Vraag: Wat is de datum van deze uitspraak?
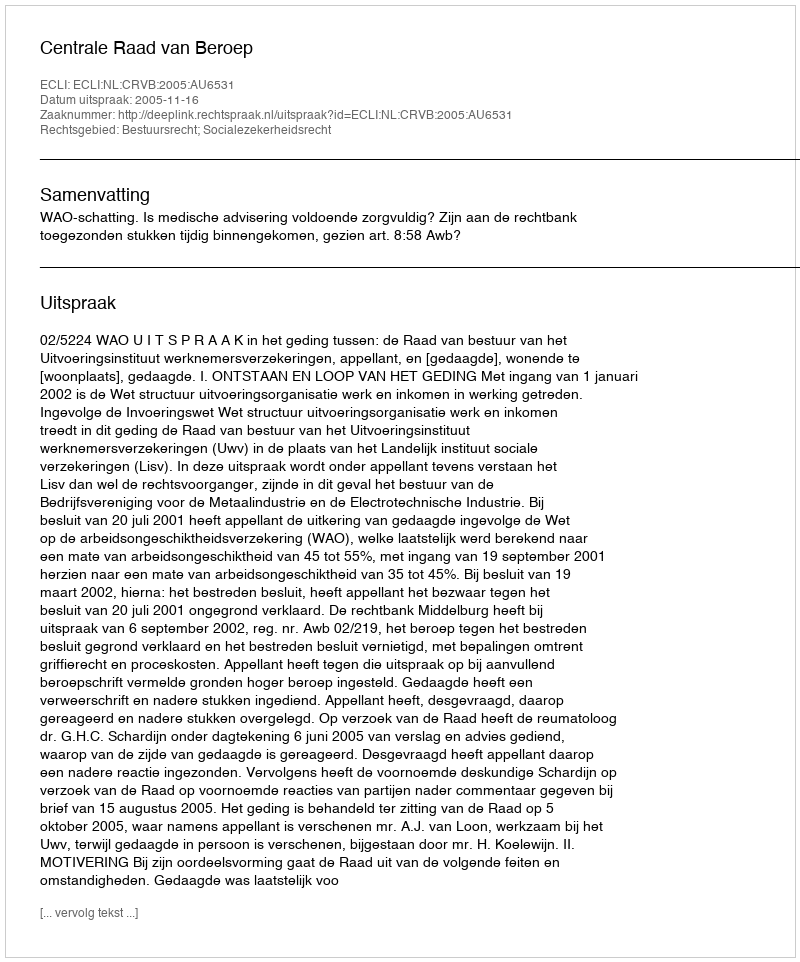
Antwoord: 2005-11-16